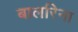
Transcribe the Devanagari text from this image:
बालरिना